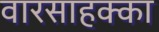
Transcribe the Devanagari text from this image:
वारसाहक्का